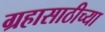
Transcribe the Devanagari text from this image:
ग्रहासाठीच्या